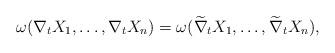
LaTeX: \begin{align*}\omega(\nabla_t X_1,\dots,\nabla_t X_n) = \omega(\widetilde{\nabla}_tX_1,\dots,\widetilde{\nabla}_tX_n), \end{align*}